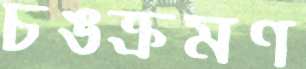
চঙক্রমণ